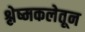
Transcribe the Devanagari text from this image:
श्लेष्मकलेतून